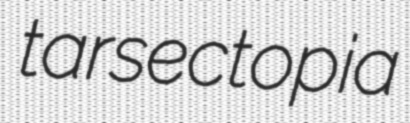
tarsectopia